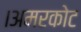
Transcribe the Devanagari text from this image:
।अमरकोट